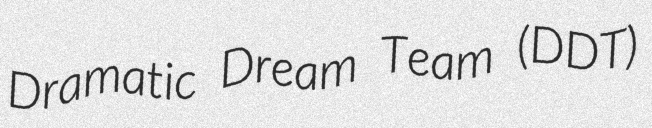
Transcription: Dramatic Dream Team (DDT)